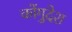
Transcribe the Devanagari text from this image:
कोंगुदेश